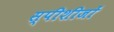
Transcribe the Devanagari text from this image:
स्पीशीजों